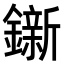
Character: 𨭩